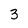
Character: 3